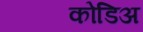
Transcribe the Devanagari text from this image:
कोडिअ